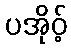
ပအိုဝ့်